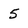
Character: 5